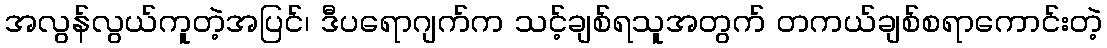
အလွန်လွယ်ကူတဲ့အပြင်၊ ဒီပရောဂျက်က သင့်ချစ်ရသူအတွက် တကယ်ချစ်စရာကောင်းတဲ့